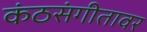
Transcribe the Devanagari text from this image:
कंठसंगीतावर